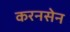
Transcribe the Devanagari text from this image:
करनसेन